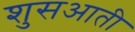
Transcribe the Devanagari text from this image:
शुसआती